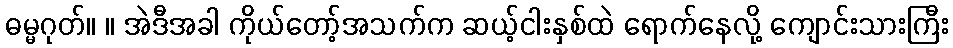
ဓမ္မဂုတ်။ ။ အဲဒီအခါ ကိုယ်တော့်အသက်က ဆယ့်ငါးနှစ်ထဲ ရောက်နေလို့ ကျောင်းသားကြီး